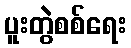
ပူးတွဲစစ်ရေး